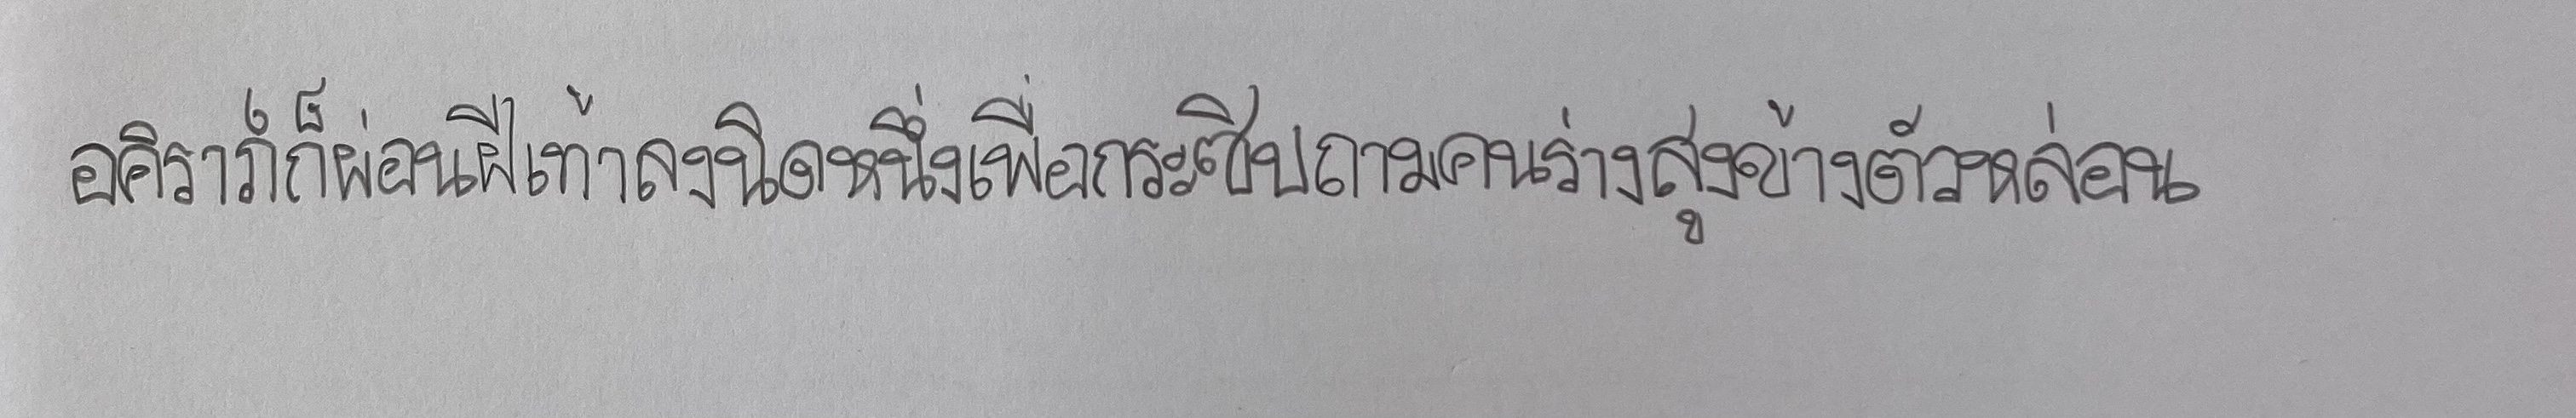
อคิราภ์ก็ผ่อนฝีเท้าลงนิดหนึ่งเพื่อกระซิบถามคนร่างสูงข้างตัวหล่อน